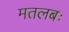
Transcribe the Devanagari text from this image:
मतलबः